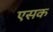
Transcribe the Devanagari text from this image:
एसक